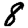
Digit: 8